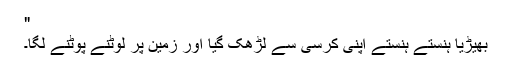
"
بھیڑیا ہنستے ہنستے اپنی کرسی سے لڑھک گیا اور زمین پر لوٹنے پوٹنے لگا۔